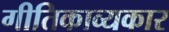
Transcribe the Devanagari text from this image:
गीतिकाव्यकार